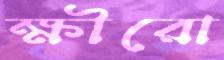
ক্ষীরো